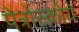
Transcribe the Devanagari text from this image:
पेत्रोस्कोये